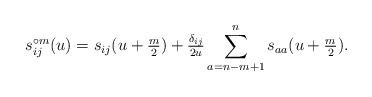
LaTeX: \begin{align*} s_{ij}^{\circ m}(u)=s_{ij}(u+\tfrac{m}{2})+\tfrac{\delta_{ij}}{2u}\sum_{a=n-m+1}^n s_{aa}(u+\tfrac{m}{2}). \end{align*}